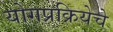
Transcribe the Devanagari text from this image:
योगप्रक्रियेचे